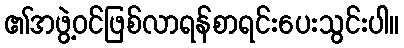
၏အဖွဲ့ဝင်ဖြစ်လာရန်စာရင်းပေးသွင်းပါ။